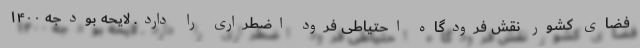
فضای کشور نقش فرودگاه احتیاطی فرود اضطراری را دارد. لایحه بودجه ۱۴۰۰